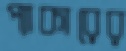
প্যাকারের